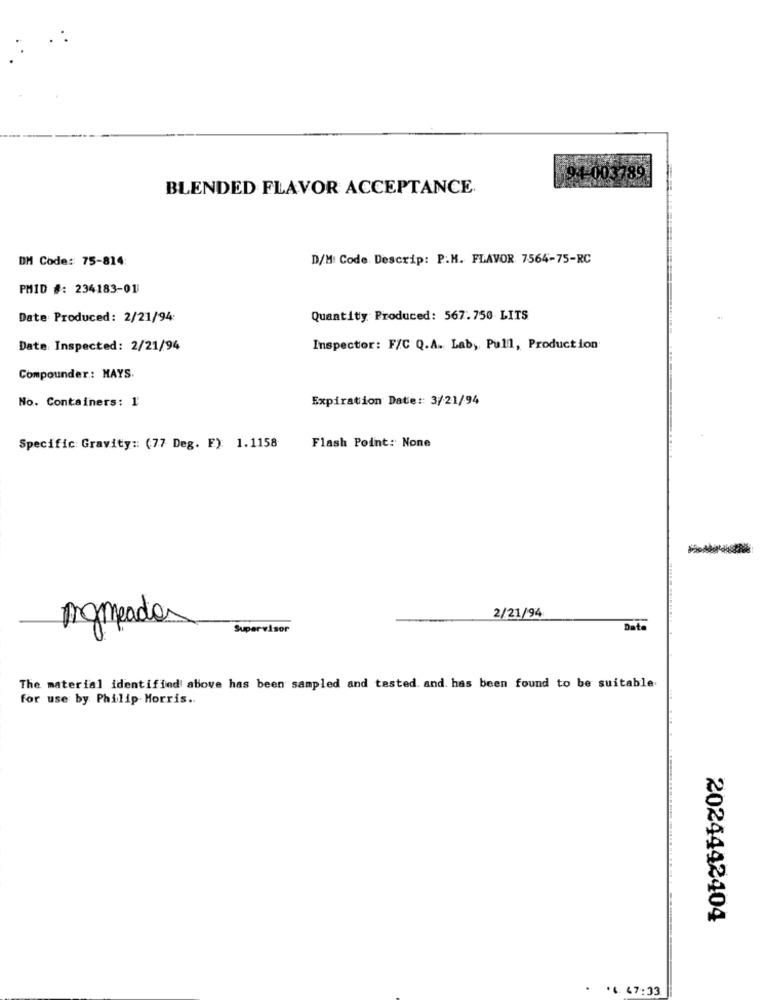
94-003789
BLENDED FLAVOR ACCEPTANCE
DM Code: 75-814:
D/M: Code. Descrip: P.M. FLAVOR 7564-75-RC
PMID #: 234183-01
Date Produced: 2/21/94
Quantity Produced: 567.750 LITS
Date Inspected: 2/21/94
Inspector: F/C Q.A. Lab, Pull, Production
Compounder: HAYS.
No. Containers: 1'
Expiration Date: 3/21/94
Specific Gravity :: (77 Deg. F) 1.1158
Flash Point: None
nomeada
2/21/94
Supervisor
Date
The material identified above has been sampled and tested and. has been found to be suitable
for use by Philip Morris ..
2024442404
4. 47:33